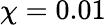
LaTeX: \chi=0.01